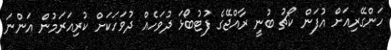
ހަންގޭރިއަށް އުފަން ކޯޗު ބުނީ ރާއްޖޭގެ ފުޓުބޯޅަ ދުވަހެއް ދުވަހަކަށް ކުރިއަރަމުން އަންނަ